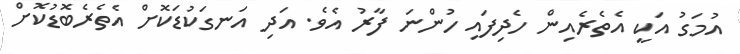
އުމަގު އަކީ އެތެރެއިން ހެދިފައި ހުންނަ ފާރު އެވެ. އަދި އަނގަކުޑަކޮށް އެތެރެބޮޑުކޮށް